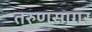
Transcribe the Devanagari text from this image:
तरुणसागर